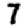
Digit: 7